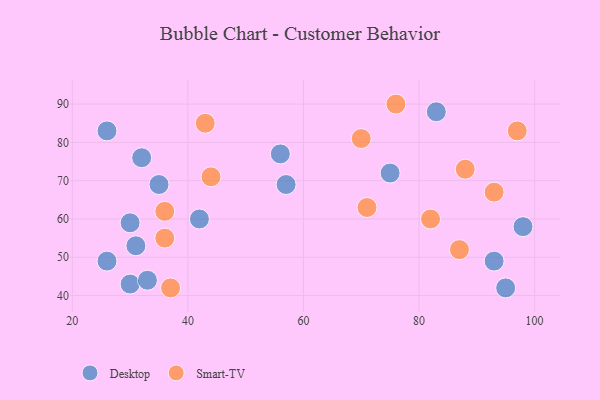
{"axis": {"x": "GDP", "y": "Life Expectancy"}, "legend": ["Desktop", "Smart-TV"], "data": [{"x": "26", "y": 49, "type": "Desktop"}, {"x": "30", "y": 43, "type": "Desktop"}, {"x": "31", "y": 53, "type": "Desktop"}, {"x": "33", "y": 44, "type": "Desktop"}, {"x": "75", "y": 72, "type": "Desktop"}, {"x": "83", "y": 88, "type": "Desktop"}, {"x": "57", "y": 69, "type": "Desktop"}, {"x": "32", "y": 76, "type": "Desktop"}, {"x": "42", "y": 60, "type": "Desktop"}, {"x": "35", "y": 69, "type": "Desktop"}, {"x": "95", "y": 42, "type": "Desktop"}, {"x": "56", "y": 77, "type": "Desktop"}, {"x": "26", "y": 83, "type": "Desktop"}, {"x": "98", "y": 58, "type": "Desktop"}, {"x": "30", "y": 59, "type": "Desktop"}, {"x": "93", "y": 49, "type": "Desktop"}, {"x": "88", "y": 73, "type": "Smart-TV"}, {"x": "37", "y": 42, "type": "Smart-TV"}, {"x": "36", "y": 55, "type": "Smart-TV"}, {"x": "71", "y": 63, "type": "Smart-TV"}, {"x": "97", "y": 83, "type": "Smart-TV"}, {"x": "44", "y": 71, "type": "Smart-TV"}, {"x": "93", "y": 67, "type": "Smart-TV"}, {"x": "36", "y": 62, "type": "Smart-TV"}, {"x": "87", "y": 52, "type": "Smart-TV"}, {"x": "82", "y": 60, "type": "Smart-TV"}, {"x": "70", "y": 81, "type": "Smart-TV"}, {"x": "43", "y": 85, "type": "Smart-TV"}, {"x": "76", "y": 90, "type": "Smart-TV"}]}